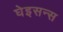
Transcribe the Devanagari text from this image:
घेइसन्स